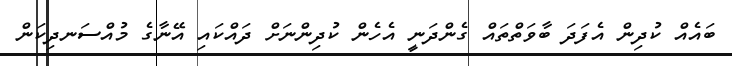
ބައެއް ކުދިން އެފަދަ ބާވަތްތައް ގެންދަނީ އެހެން ކުދިންނަށް ދައްކައި އޭނާގެ މުއްސަނދިކަން